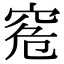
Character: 𥥠